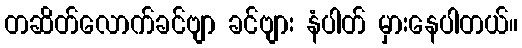
တဆိတ်လောက်ခင်ဗျာ ခင်ဗျား နံပါတ် မှားနေပါတယ်။